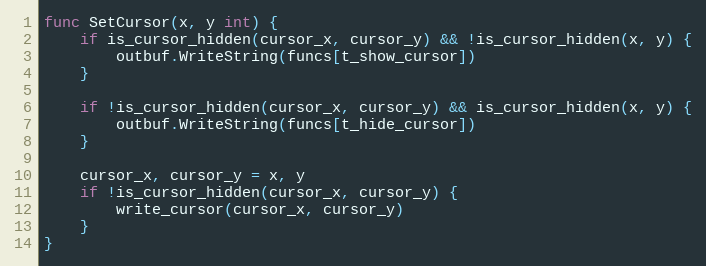
Language: Go
func SetCursor(x, y int) {
	if is_cursor_hidden(cursor_x, cursor_y) && !is_cursor_hidden(x, y) {
		outbuf.WriteString(funcs[t_show_cursor])
	}

	if !is_cursor_hidden(cursor_x, cursor_y) && is_cursor_hidden(x, y) {
		outbuf.WriteString(funcs[t_hide_cursor])
	}

	cursor_x, cursor_y = x, y
	if !is_cursor_hidden(cursor_x, cursor_y) {
		write_cursor(cursor_x, cursor_y)
	}
}